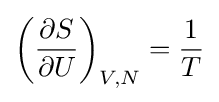
\left({\partial S \over \partial U}\right)_{V,N}={1 \over T}